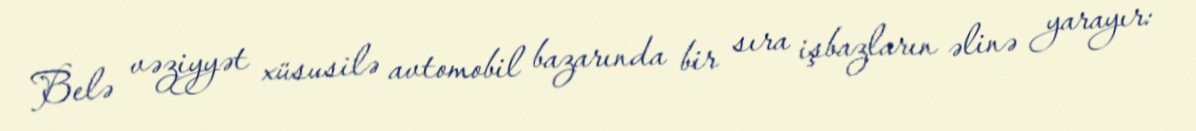
Belə vəziyyət xüsusilə avtomobil bazarında bir sıra işbazların əlinə yarayır: